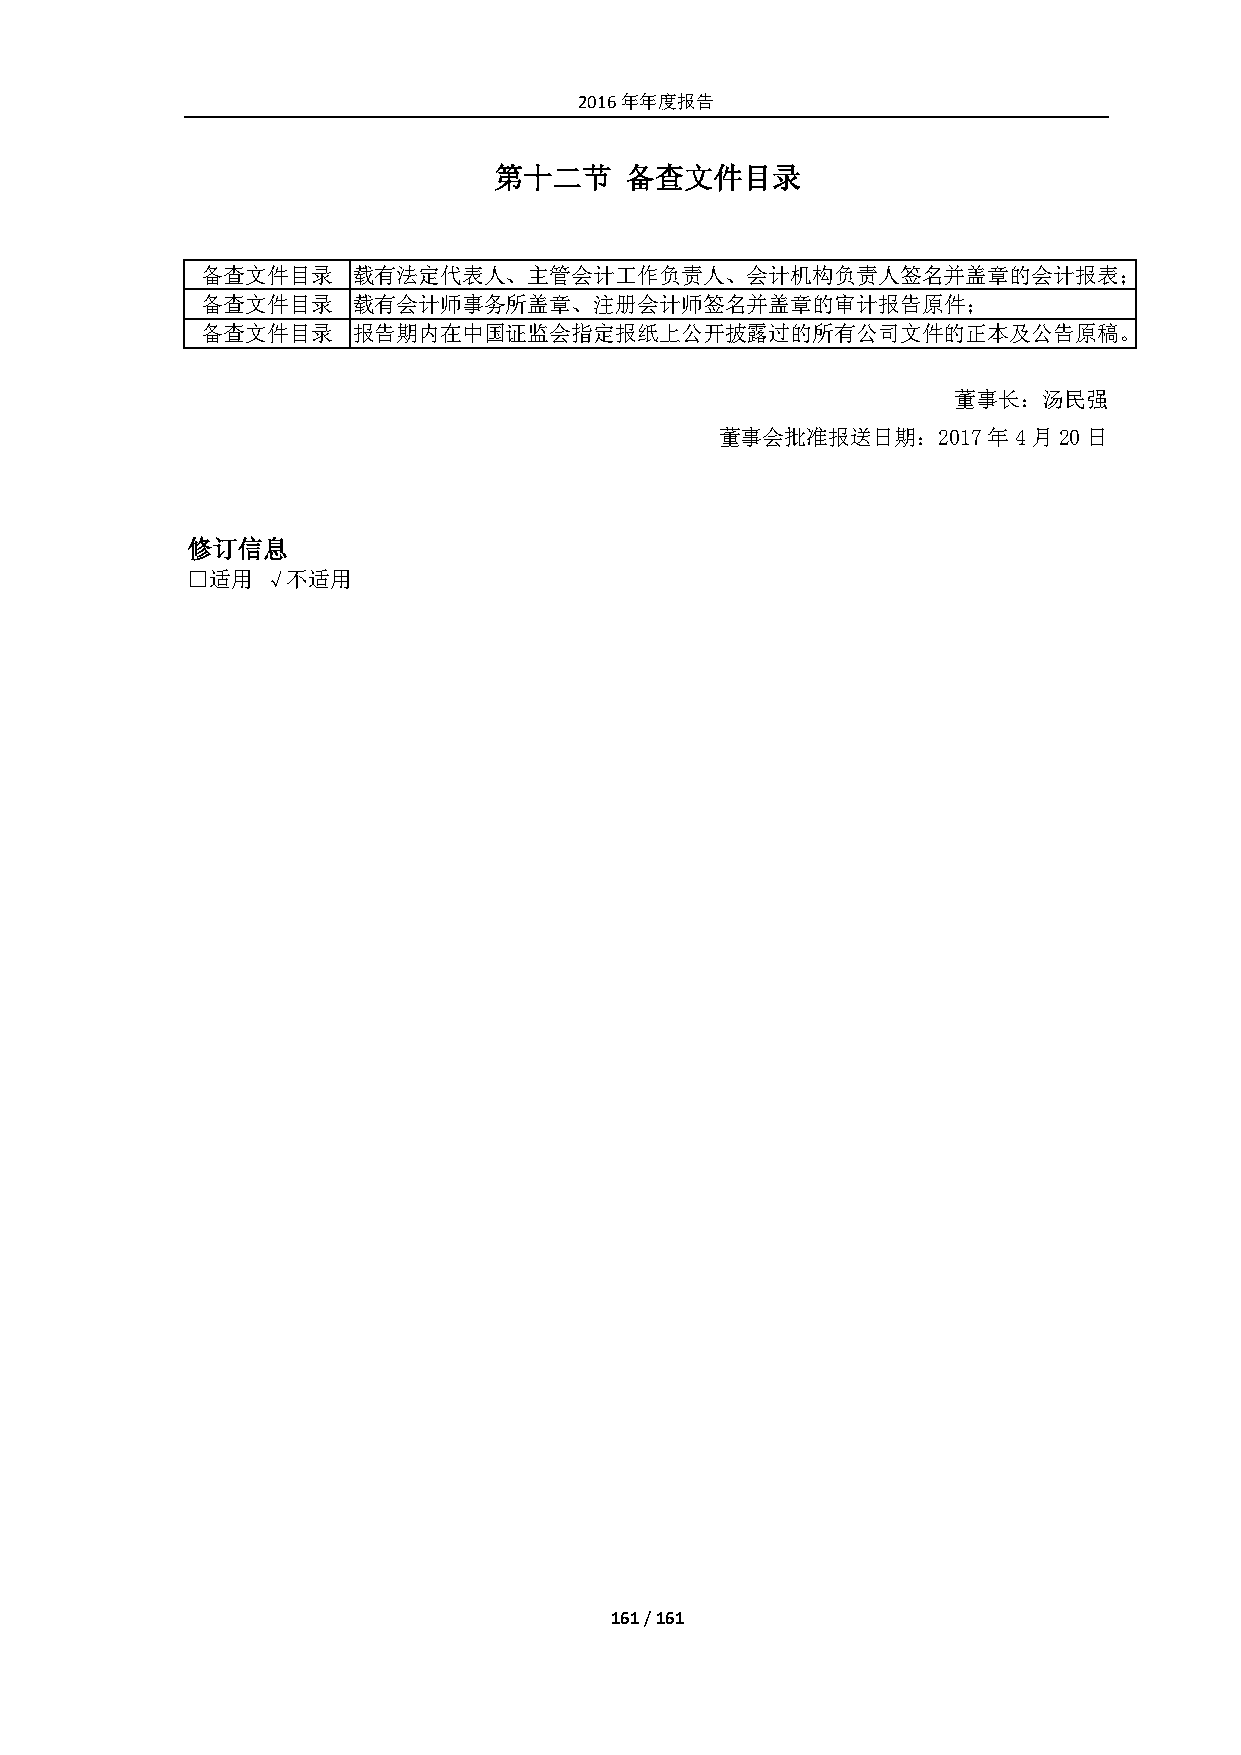
2016年年度报告
 第十二节    备查文件目录
 备查文件目录    载有法定代表人、主管会计工作负责人、会计机构负责人签名并盖章的会计报表；
 备查文件目录    载有会计师事务所盖章、注册会计师签名并盖章的审计报告原件；
 备查文件目录    报告期内在中国证监会指定报纸上公开披露过的所有公司文件的正本及公告原稿。
 董事长：汤民强
 董事会批准报送日期：2017年4月20日
 修订信息
 □适用  √不适用
 161 / 161